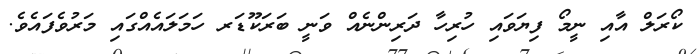
ކޯރަލް އާއި ނީމޯ ފިޔަވައި ހުރިހާ ދަރިންނެއް ވަނީ ބަރަކޫޑަރ ހަމަލައެއްގައި މަރުވެފައެވެ.